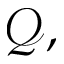
\mathcal { Q } ,